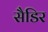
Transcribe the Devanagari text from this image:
सैडिर